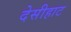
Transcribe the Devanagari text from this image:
देसीहाट